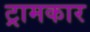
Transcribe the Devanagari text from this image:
ट्रामकार